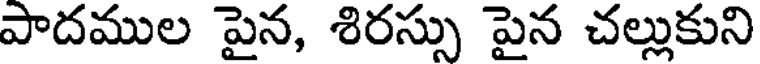
పాదముల పైన, శిరస్సు పైన చల్లుకుని